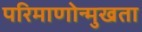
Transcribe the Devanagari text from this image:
परिमाणोन्मुखता